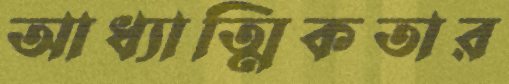
আধ্যাত্মিকতার